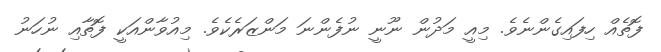
ފޮތެއް ހިފައިގެންނެވެ. މިއީ މަދުން ނޫނީ ނުފެންނަ މަންޒަރެކެވެ. މިއުވާންއަކީ ފޮތާއި ނުހަނު